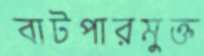
বাটপারমুক্ত